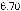
6.70